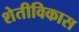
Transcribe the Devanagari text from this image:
शेतीविकास